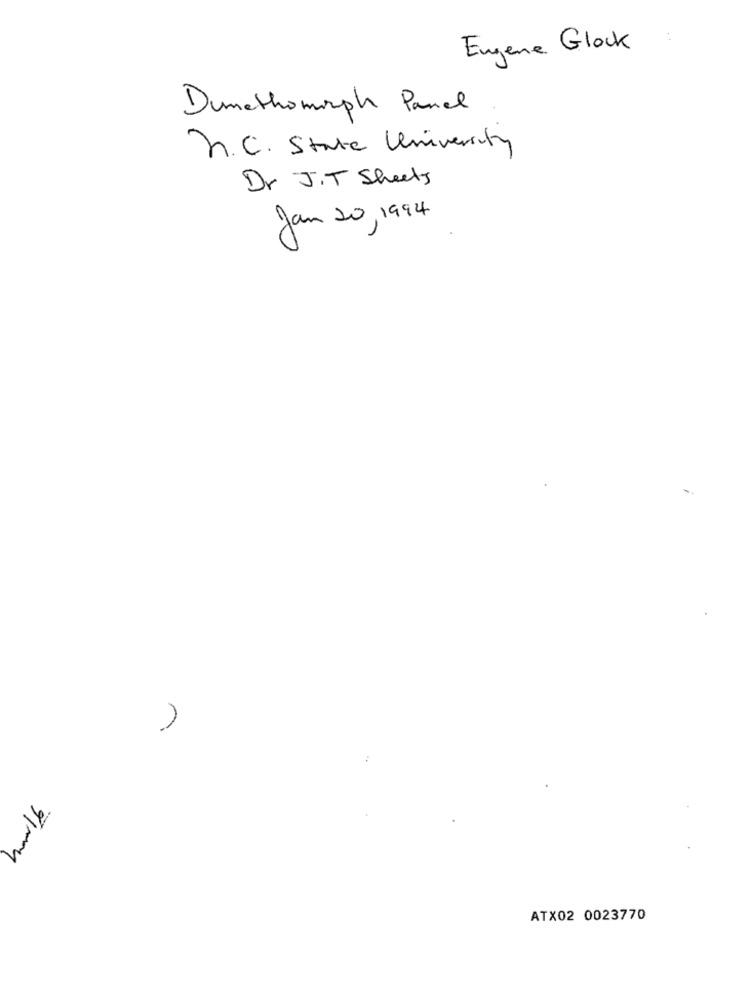
Eugene Glock
Dumethomorph Panel
h. C. State University
Dr J.T Sheets
Jan 20, 1994
ATX02 0023770